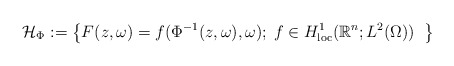
\begin{align*}\mathcal{H}_\Phi := {\big\{F(z,\omega)= f( \Phi^{-1} (z, \omega), \omega); \; f\in H^1_{\rm loc}(\mathbb{R}^n; L^2(\Omega)) \;\; \big\}}\end{align*}